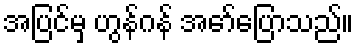
အပြင်မှ ဟွန်ဂန် အော်ပြောသည်။